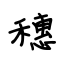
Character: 穗